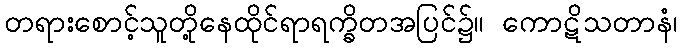
တရားစောင့်သူတို့နေထိုင်ရာရက္ခိတအပြင်၌။ ကောဋိသတာနံ၊